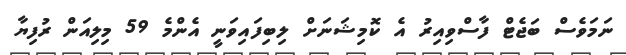
ނަމަވެސް ބަޖެޓް ފާސްވިއިރު އެ ކޮމިޝަނަށް ލިބިފައިވަނީ އެންމެ 59 މިލިއަން ރުފިޔާ